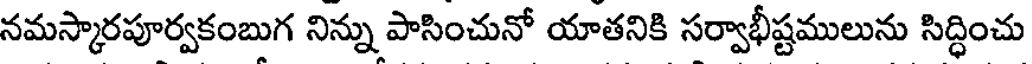
నమస్కారపూర్వకంబుగ నిన్ను పాసించునో యాతనికి సర్వాభీష్టములును సిద్ధించు